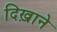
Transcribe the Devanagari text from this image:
दिख़ाने